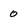
Character: 0